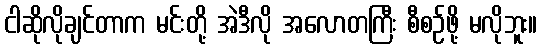
ငါဆိုလိုချင်တာက မင်းတို့ အဲဒီလို အလောတကြီး စီစဉ်ဖို့ မလိုဘူး။